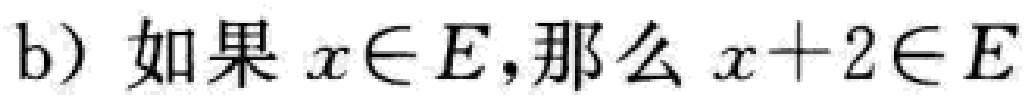
b) 如果 \(x\in E\),那么 \(x + 2\in E\)